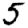
Digit: 5